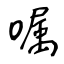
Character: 嘱